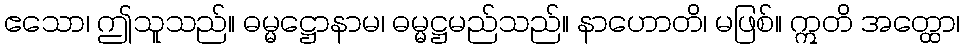
ဧသော၊ ဤသူသည်။ ဓမ္မဋ္ဌောနာမ၊ ဓမ္မဋ္ဌမည်သည်။ နာဟောတိ၊ မဖြစ်။ ဣတိ အတ္ထော၊